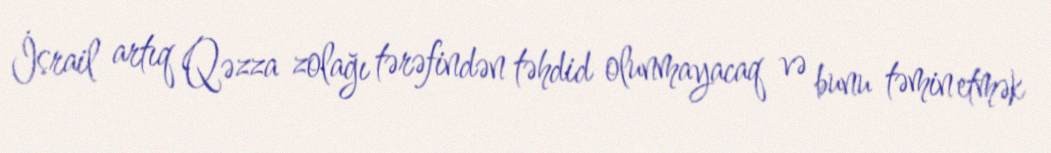
İsrail artıq Qəzza zolağı tərəfindən təhdid olunmayacaq və bunu təmin etmək